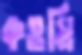
কওমি